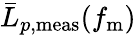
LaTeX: \bar{L}_{p,\mathrm{meas}}(f_{\mathrm{m}})